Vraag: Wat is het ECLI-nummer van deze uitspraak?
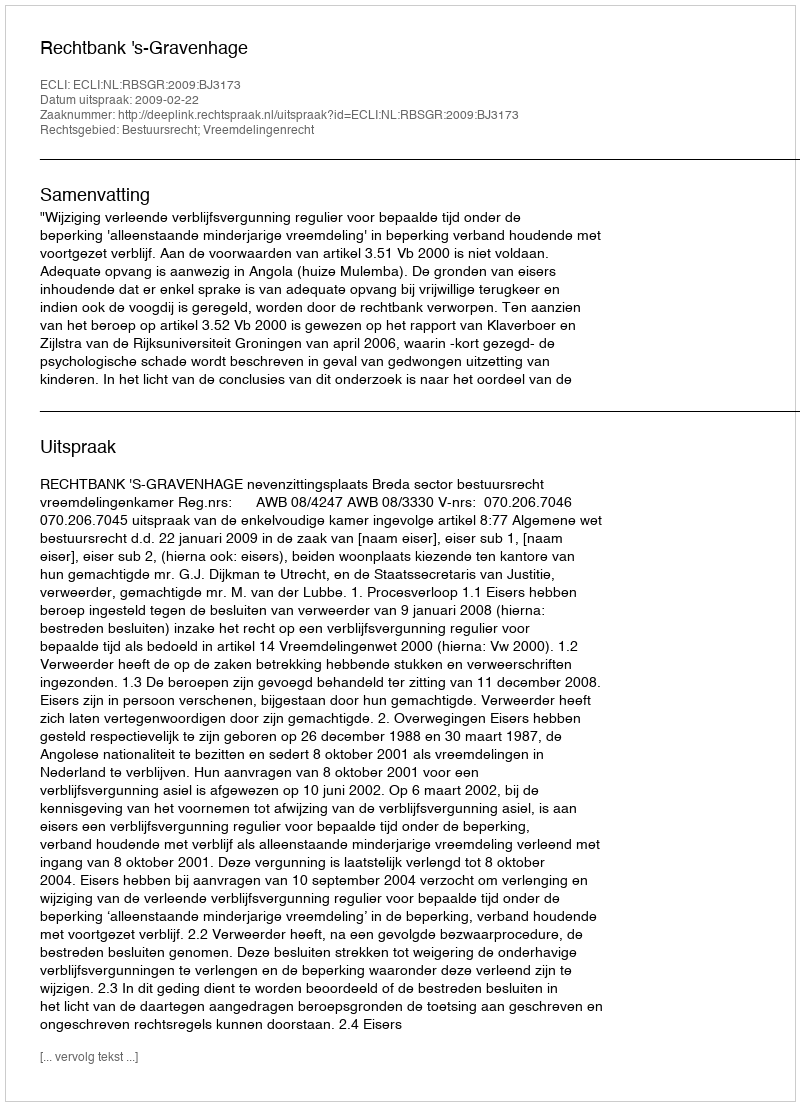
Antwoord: ECLI:NL:RBSGR:2009:BJ3173